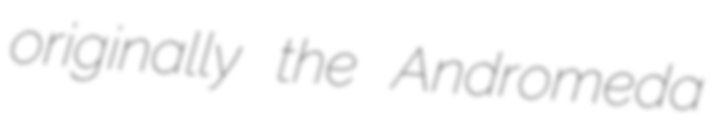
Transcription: originally the Andromeda